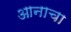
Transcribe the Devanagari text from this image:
आनाचा